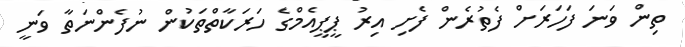
ތިން ވަނަ ފަހަރަށް ފެތުރެން ފެށި އިރު ޕީޕީއެމްގެ ހަރަކާތްތަކުން ނުފެންނަތާ ވަނީ